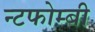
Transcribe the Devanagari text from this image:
न्टफोम्बी